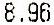
8.96